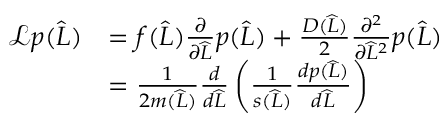
\begin{array} { r l } { \mathcal { L } p ( \widehat { L } ) } & { = f ( \widehat { L } ) \frac { \partial } { \partial \widehat { L } } p ( \widehat { L } ) + \frac { D ( \widehat { L } ) } { 2 } \frac { \partial ^ { 2 } } { \partial \widehat { L } ^ { 2 } } p ( \widehat { L } ) } \\ & { = \frac { 1 } { 2 m ( \widehat { L } ) } \frac { d } { d \widehat { L } } \left( \frac { 1 } { s ( \widehat { L } ) } \frac { d p ( \widehat { L } ) } { d \widehat { L } } \right) } \end{array}